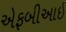
એફબીઆઇ